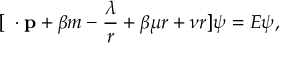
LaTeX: [ { \bf \alpha \cdot p } + \beta m - \frac { \lambda } { r } + \beta \mu r + \nu r ] \psi = E \psi ,